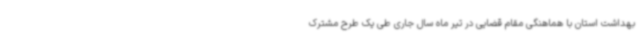
بهداشت استان با هماهنگی مقام قضایی در تیر ماه سال جاری طی یک طرح مشترک